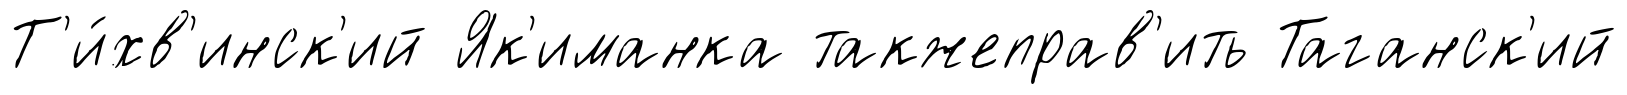
Т'и́хв'инск'ий Як'иманка такжеправ'ить Таганск'ий